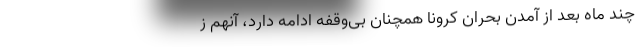
چند ماه بعد از آمدن بحران کرونا همچنان بی‌وقفه ادامه دارد، آنهم ز